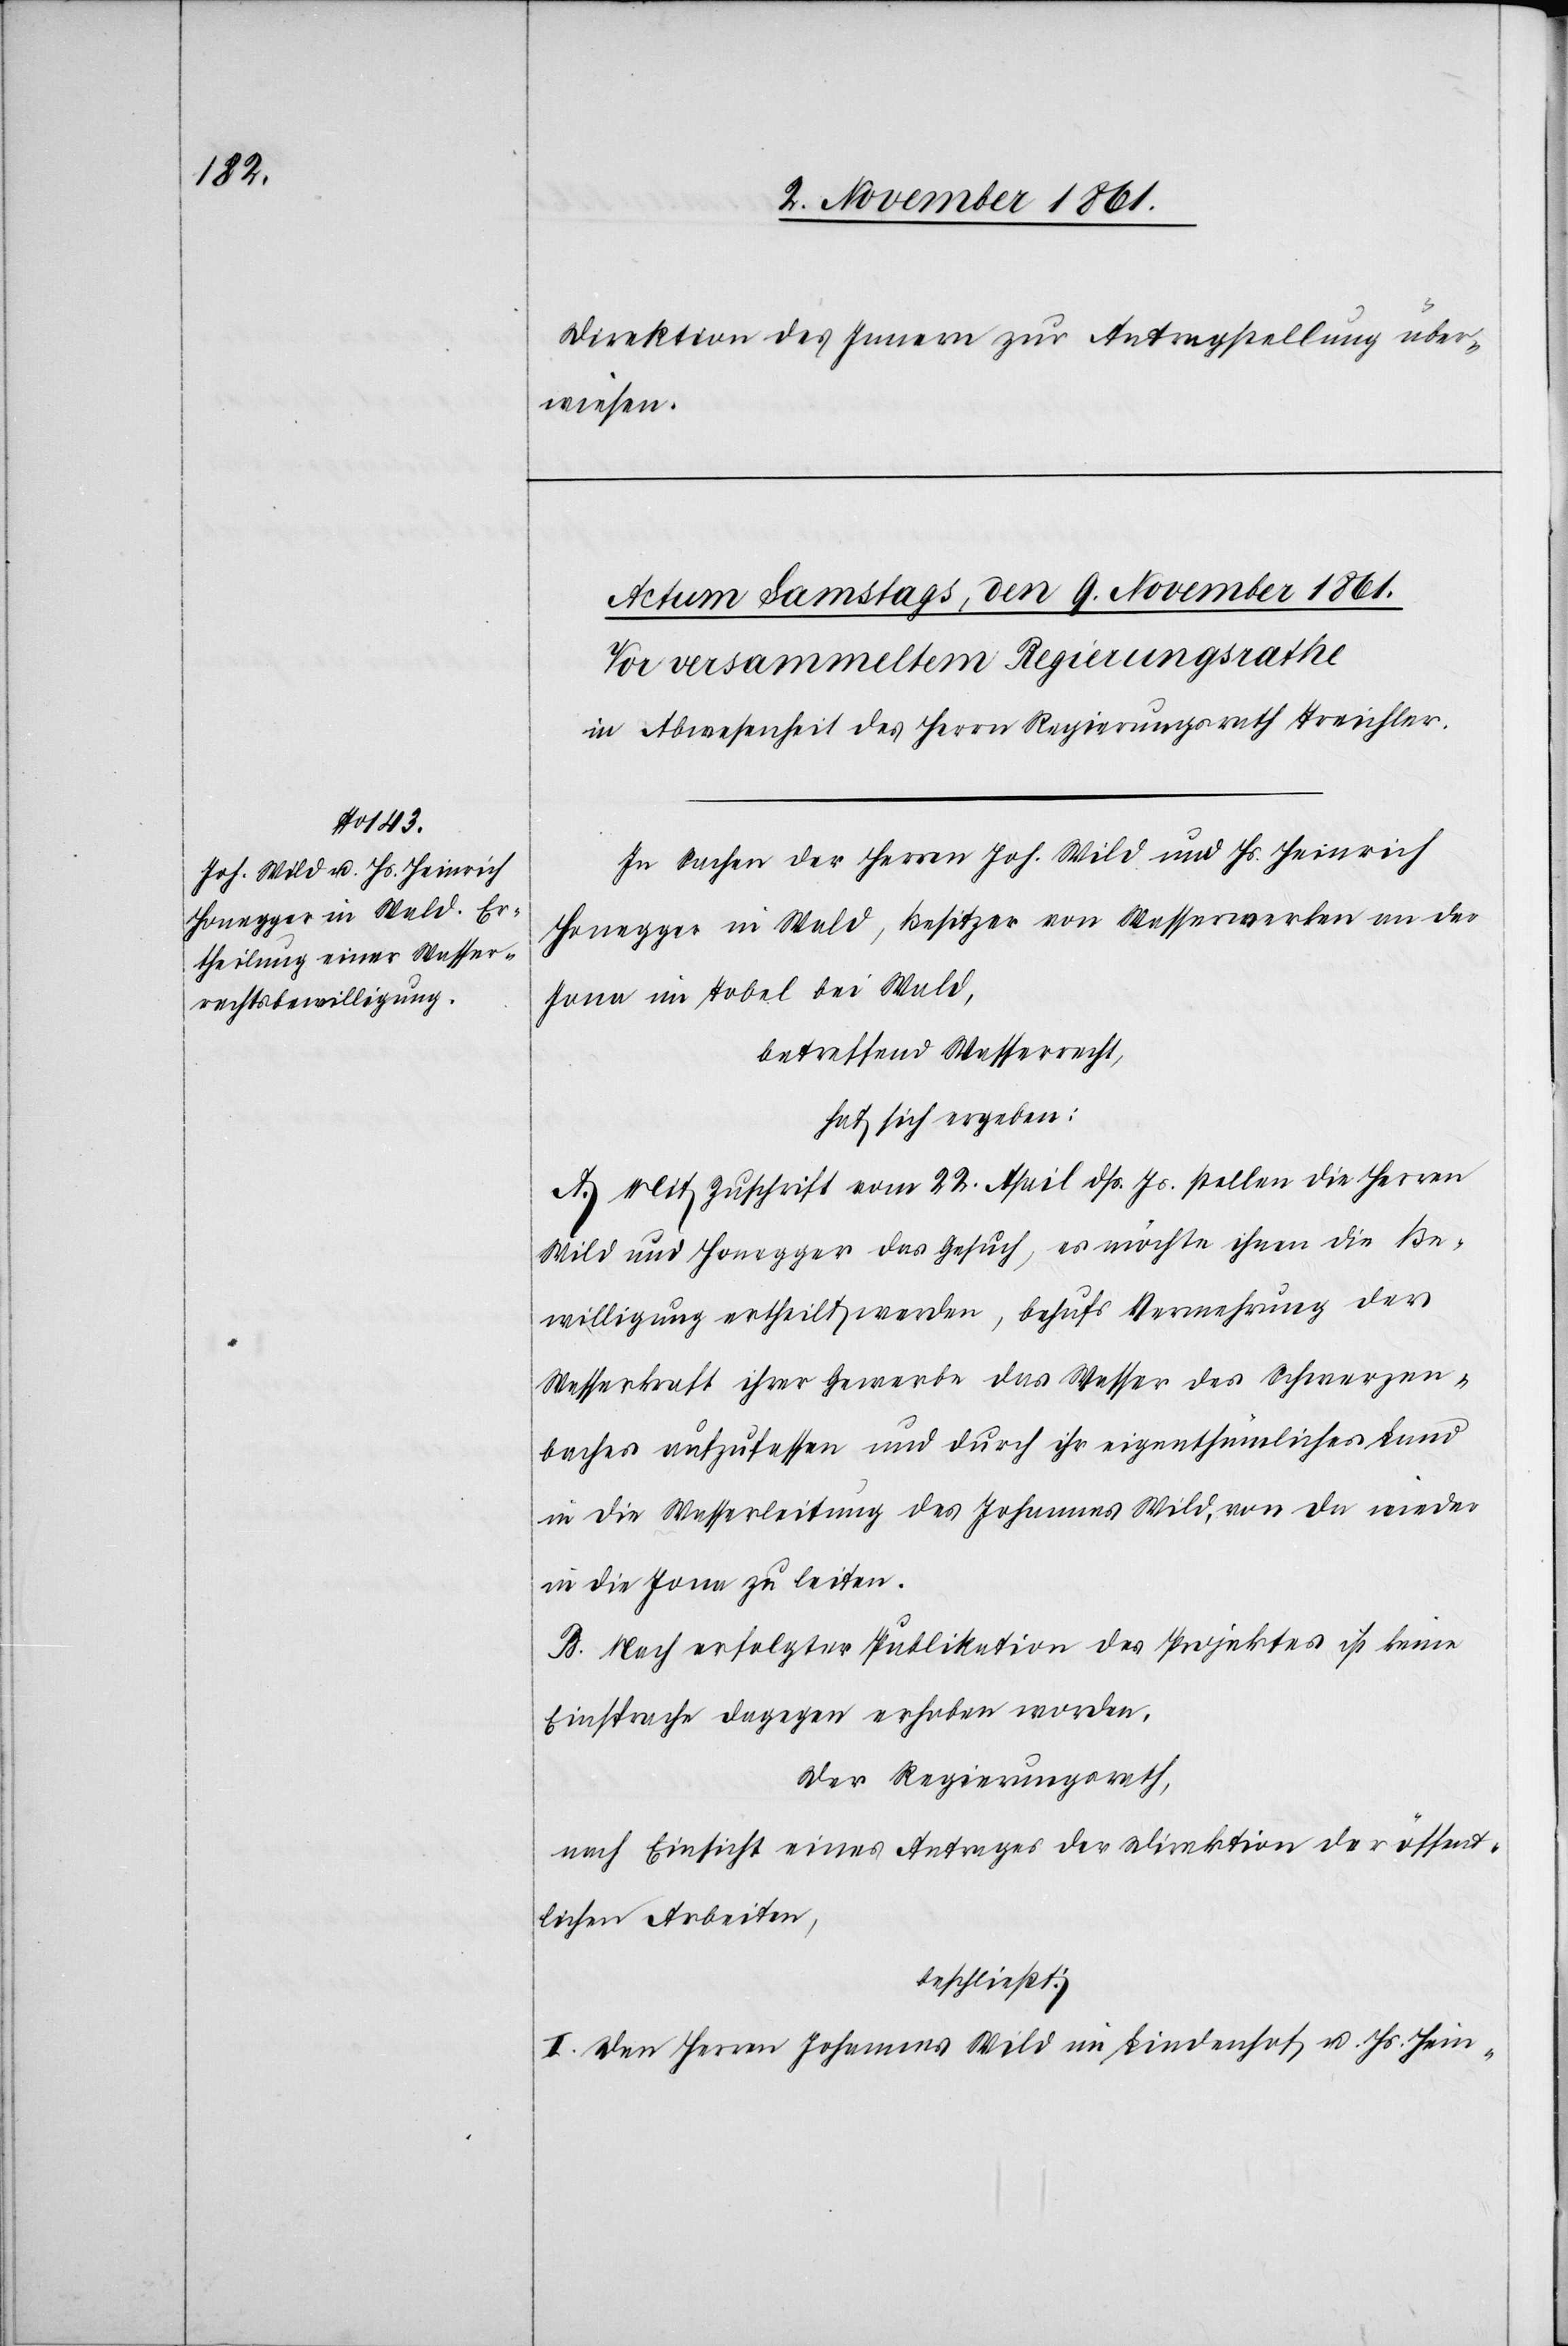
Direktion des Innern zur Antragstellung über¬
wiesen.
In Sachen der Herren Joh. Wild und Hs. Heinrich
Honegger in Wald, Besitzer von Wasserwerken an der
Jona im Tobel bei Wald,
betreffend Wasserrecht,
hat sich ergeben:
A. Mit Zuschrift vom 22 April dß. Js. stellen die Herren
Wild und Honegger das Gesuch, es möchte ihnen die Be¬
willigung ertheilt werden, behufs Vemehrung der
Wasserkraft ihrer Gewerbe das Wasser des Schwerzen¬
baches aufzufassen und durch ihr eigenthümliches Land
in die Wasserleitung des Johannes Wild, von da wieder
in die Jona zu leiten.
B. Nach erfolgter Publikation des Projektes ist keine
Einsprache dagegen erhoben worden.
Der Regierungsrath,
nach Einsicht eines Antrages der Direktion der öffent¬
lichen Arbeiten,
beschließt:
I. Den Herren Johannes Wild im Lindenhof v. Js. Hein-